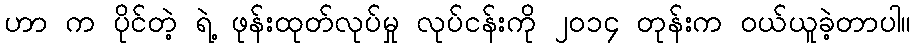
ဟာ က ပိုင်တဲ့ ရဲ့ ဖုန်းထုတ်လုပ်မှု လုပ်ငန်းကို ၂၀၁၄ တုန်းက ဝယ်ယူခဲ့တာပါ။